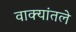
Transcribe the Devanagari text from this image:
वाक्यांतले